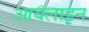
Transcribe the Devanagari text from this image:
आयलाइन